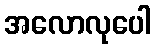
အလောလုပေါ